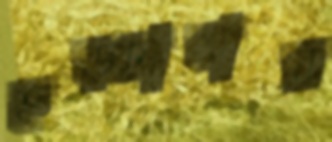
হড়্‌কাবার